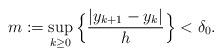
LaTeX: \begin{align*}m:=\sup_{k\geq 0}\Big\{\frac{|y_{k+1}-y_{k}|}{h}\Big\}<\delta_0.\end{align*}